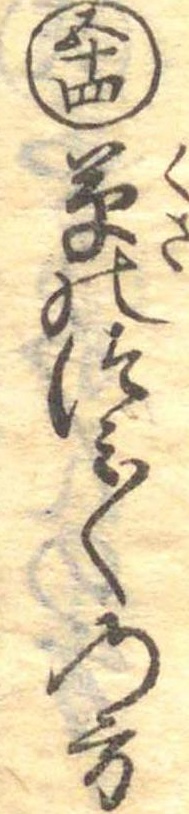
五十四草のつみ〱の方